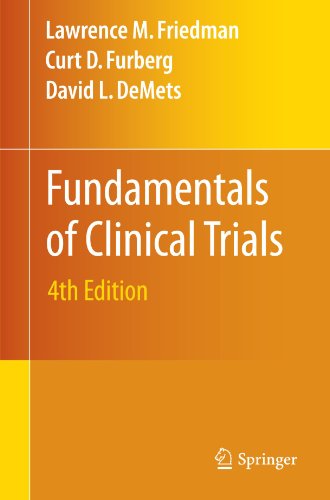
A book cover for Fundamentals of Clinical Trials; Lawrence M. Friedman; Medical Books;